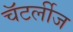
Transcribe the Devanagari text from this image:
चॅटर्लीज